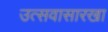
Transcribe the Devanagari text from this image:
उत्सवासारखा